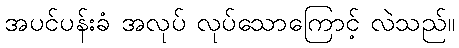
အပင်ပန်းခံ အလုပ် လုပ်သောကြောင့် လဲသည်။